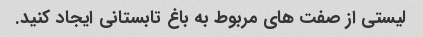
لیستی از صفت های مربوط به باغ تابستانی ایجاد کنید.